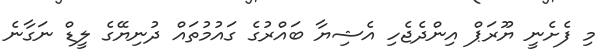
މި ފެށެނީ ޔޫރަޕް އިންދެޖެހި އެޝިޔާ ބައްރުގެ ގައުމުތައް ދުނިޔޭގެ ލީޑް ނަގާނެ